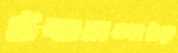
উচ্চাকাঙ্ক্ষাটাকে